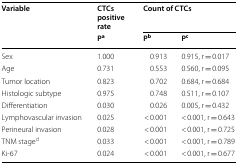
<table><thead><tr><td rowspan="2"><b>Variable</b></td><td><b>CTCs positive rate</b></td><td colspan="2"><b>Count of CTCs</b></td></tr><tr><td><b>P<sup>a</sup></b></td><td><b>P<sup>b</sup></b></td><td><b>P<sup>c</sup></b></td></tr></thead><tbody><tr><td>Sex</td><td>1.000</td><td>0.913</td><td>0.915, r = 0.017</td></tr><tr><td>Age</td><td>0.731</td><td>0.553</td><td>0.560, r = 0.095</td></tr><tr><td>Tumor location</td><td>0.823</td><td>0.702</td><td>0.684, r = 0.684</td></tr><tr><td>Histologic subtype</td><td>0.975</td><td>0.748</td><td>0.511, r = 0.107</td></tr><tr><td>Differentiation</td><td>0.030</td><td>0.026</td><td>0.005, r = 0.432</td></tr><tr><td>Lymphovascular invasion</td><td>0.025</td><td>&lt; 0.001</td><td>&lt; 0.001, r = 0.643</td></tr><tr><td>Perineural invasion</td><td>0.028</td><td>&lt; 0.001</td><td>&lt; 0.001, r = 0.725</td></tr><tr><td>TNM stage<sup>d</sup></td><td>0.033</td><td>&lt; 0.001</td><td>&lt; 0.001, r = 0.789</td></tr><tr><td>Ki-67</td><td>0.024</td><td>&lt; 0.001</td><td>&lt; 0.001, r = 0.677</td></tr></tbody></table>